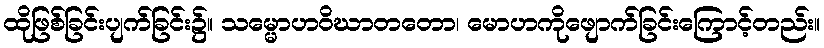
ထိုဖြစ်ခြင်းပျက်ခြင်း၌။ သမ္မောဟဝိဃာတတော၊ မောဟကိုဖျောက်ခြင်းကြောင့်တည်း။